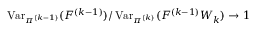
\operatorname { V a r } _ { \pi ^ { ( k - 1 ) } } ( F ^ { ( k - 1 ) } ) / \operatorname { V a r } _ { \pi ^ { ( k ) } } ( F ^ { ( k - 1 ) } W _ { k } ) \to 1